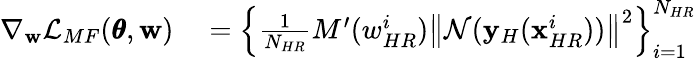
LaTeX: \begin{array}{rl}{\nabla_{\mathbf{w}}\mathcal{L}_{MF}(\pmb{\theta},\mathbf{w})}&{{}=\left\{ \frac{1}{N_{HR}}{M^{\prime}(w_{HR}^{i})\left\| \mathcal{N}(\mathbf{y}_{H}(\mathbf{x}_{HR}^{i}))\right\| ^{2}}\right\} _{i=1}^{N_{HR}}}\end{array}